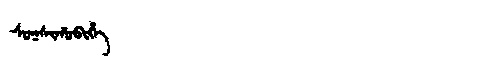
Manchu: ᠰᠣᡴᠰᡳᡥᠣᠪᡳᡥᡝ
Romanization: SOKSIHOBIHE